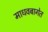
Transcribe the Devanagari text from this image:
माधवबागेत